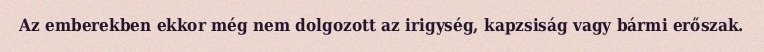
Az emberekben ekkor még nem dolgozott az irigység, kapzsiság vagy bármi erőszak.